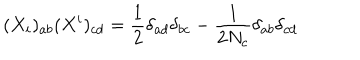
LaTeX: ( X _ { i } ) _ { a b } ( X ^ { i } ) _ { c d } = \frac { 1 } { 2 } \delta _ { a d } \delta _ { b c } - \frac { 1 } { 2 N _ { c } } \delta _ { a b } \delta _ { c d }